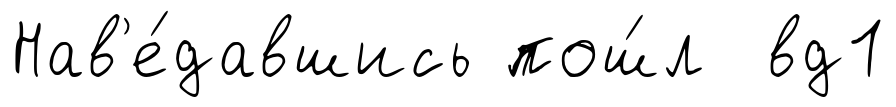
Нав'е́давшись пош́л вд1